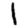
Digit: 1